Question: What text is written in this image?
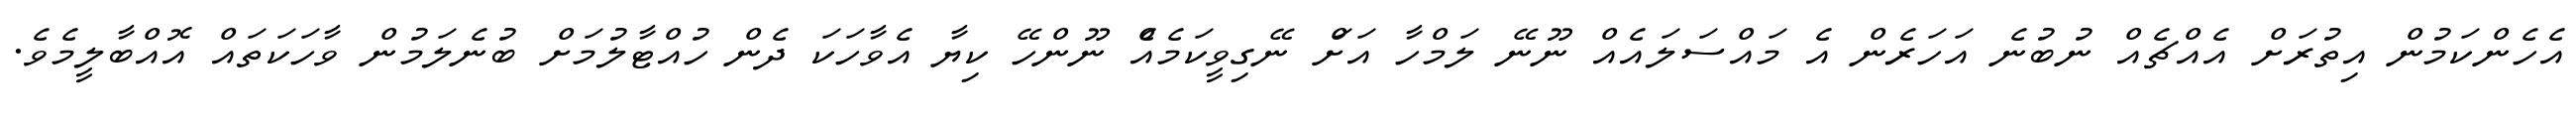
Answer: އެހެންކަމުން އިތުރަށް އެއްޗެއް ނުބުނެ އަހަރެން އެ މައްސަލައެއް ނޫނޭ ލަމްހާ އަށްަ ނޭގިވީކަމެއެް ނޫންހޭ ކިޔާ އެވާހަކަ ދެން ހުއްޓާލުމަށް ބުނެލަމުން ވާހަކަތައް އޮއްބާލީމެވެ.